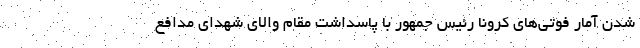
شدن آمار فوتی‌های کرونا رئیس جمهور با پاسداشت مقام والای شهدای مدافع